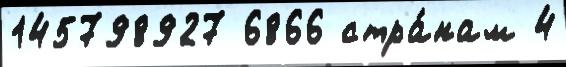
145798927 6866 стра́нам 4